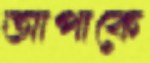
আপাকে